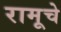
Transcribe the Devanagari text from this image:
रामूचे